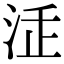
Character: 𣳴